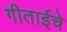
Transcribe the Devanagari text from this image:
गीताईचे